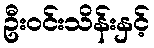
ဦးဝင်းသိန်းနှင့်